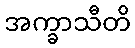
အက္ခာသီတိ